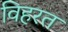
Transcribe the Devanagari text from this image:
विहरत